system: You are a helpful assistant.
user:
Analyze the provided spectrum to determine if it is a **"Cataclysmic Variables (CV)"**.

- **Key Indicators for CV (Check for either state):**
    - **State 1: Quiescent / Low-State (Emission-Dominated)**
        - **(Primary):** Strong and *very broad* Hydrogen Balmer emission lines (e.g., $H\alpha$ at 6563 Å, $H\beta$ at 4861 Å). The 'broadness' (high velocity dispersion, often FWHM > 1000 km/s) is the key diagnostic, indicating a high-velocity accretion disk.
        - **(Secondary):** Broad neutral Helium (He I) emission lines (e.g., 5876 Å, 6678 Å).
        - **(Key Confirmation):** Presence of high-excitation *ionized* Helium (He II) emission at 4686 Å. This is a strong indicator of accretion onto a white dwarf.
        - **(Line Profile):** Emission lines may exhibit a 'double-peaked' profile, which is a classic signature of a rotating accretion disk viewed at high inclination.

    - **State 2: Outburst / High-State (Absorption-Dominated)**
        - **(Primary):** Spectrum is dominated by a bright, blue continuum (looks like a hot star).
        - **(Secondary):** The emission lines from State 1 are weak, absent, or 'filled in', and are replaced by broad, shallow *absorption* lines (primarily Balmer and He I).
        - **(Morphology):** The overall spectrum mimics a hot B/A-type star. The crucial difference is that the absorption lines are significantly broader, shallower, and more 'washed-out' (or 'smeared') than the sharp lines of a normal stellar photosphere, due to high rotational speeds and pressure broadening in the disk.

Think first, call **spectral_visualization_tool** if needed to examine features in detail, then provide your final answer. Your response must adhere to the following strict rules:
1.  **Overall Structure:** Your response must follow the format `<think>...</think> <tool_call>...</tool_call> (if a tool is used) <answer>...</answer>`.
2.  **Tool Usage Constraint:** You may only make **one** tool call per turn.
3.  **Final Answer Format:** In the `<answer>` tag, your conclusion must be inside a `\boxed{}` command (e.g., `\boxed{YES}`), followed by your justification.

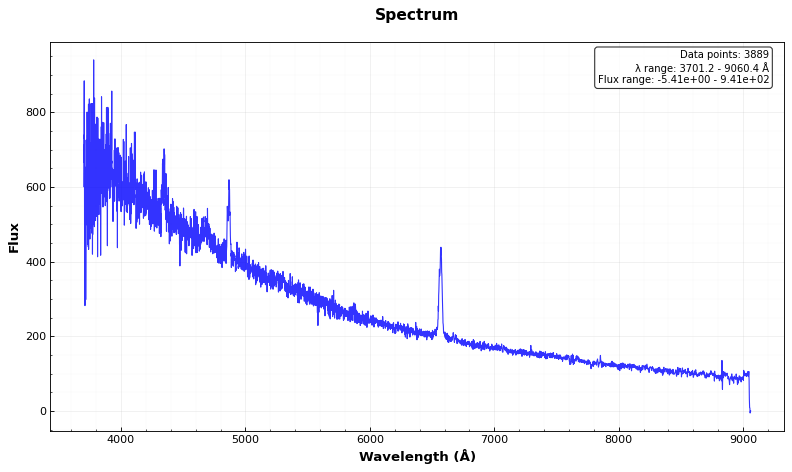
Answer: YES